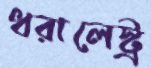
ধরালেস্ট্র